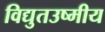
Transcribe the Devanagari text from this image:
विद्युतउष्मीय